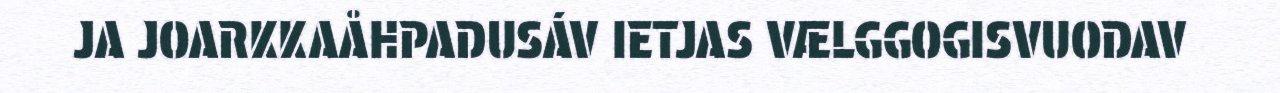
JA JOARKKAÅHPADUSÁV IETJAS VÆLGGOGISVUODAV